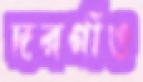
দরগাঁও